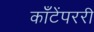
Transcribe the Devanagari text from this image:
काँटेंपररी